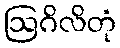
ဩဂိလိတုံ